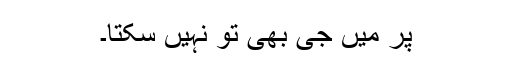
پر میں جی بھی تو نہیں سکتا۔